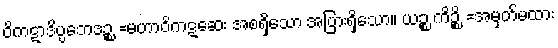
ဝိကဋာဒိပ္ပဘေဒဉ္စ =မဟာဝိကဋဆေး အစရှိသော အပြားရှိသော။ ယဉ္စ ကိဉ္စိ =အမှတ်မထား